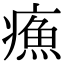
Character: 𤹿